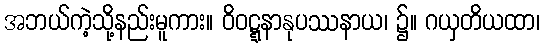
အဘယ်ကဲ့သို့နည်းမူကား။ ဝိဝဋ္ဋနာနုပဿနာယ၊ ၌။ ဂယှတိယထာ၊